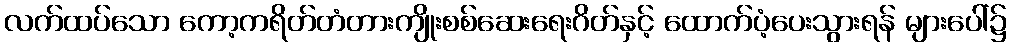
လက်ထပ်သော ကော့ကရိတ်တံတားကျိုးစစ်ဆေးရေးဂိတ်နှင့် ထောက်ပံ့ပေးသွားရန် များပေါ်၌